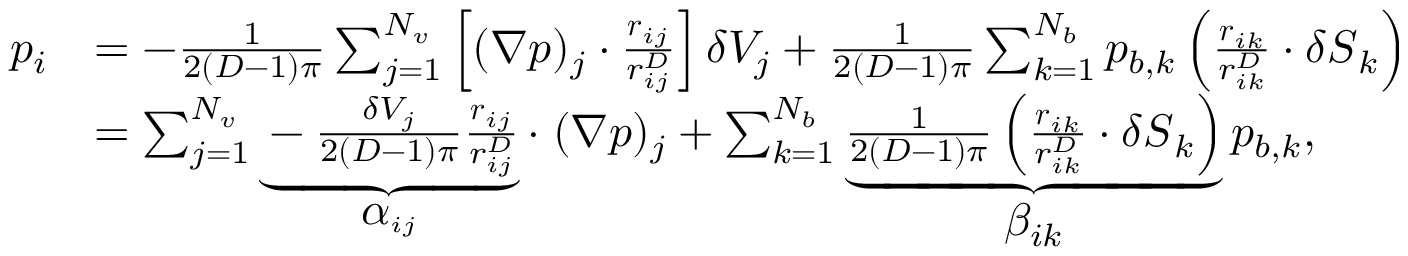
\begin{array} { r l } { p _ { i } } & { = - \frac 1 { 2 ( D - 1 ) \pi } \sum _ { j = 1 } ^ { N _ { v } } \left[ ( \boldsymbol { \nabla } p ) _ { j } \cdot \frac { \boldsymbol { r } _ { i j } } { r _ { i j } ^ { D } } \right] \delta V _ { j } + \frac 1 { 2 ( D - 1 ) \pi } \sum _ { k = 1 } ^ { N _ { b } } p _ { b , k } \left( \frac { \boldsymbol { r } _ { i k } } { r _ { i k } ^ { D } } \cdot \delta \boldsymbol { S } _ { k } \right) } \\ & { = \sum _ { j = 1 } ^ { N _ { v } } \underbrace { - \frac { \delta V _ { j } } { 2 ( D - 1 ) \pi } \frac { \boldsymbol { r } _ { i j } } { r _ { i j } ^ { D } } } _ { \boldsymbol { \displaystyle \alpha } _ { i j } } \cdot \; ( \boldsymbol { \nabla } p ) _ { j } + \sum _ { k = 1 } ^ { N _ { b } } \underbrace { \frac 1 { 2 ( D - 1 ) \pi } \left( \frac { \boldsymbol { r } _ { i k } } { r _ { i k } ^ { D } } \cdot \delta \boldsymbol { S } _ { k } \right) } _ { \displaystyle \beta _ { i k } } p _ { b , k } , } \end{array}